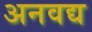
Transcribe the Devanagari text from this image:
अनवद्य